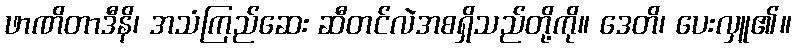
ဖာဏိတာဒီနိ၊ အသံကြည်ဆေး ဆီတင်လဲအစရှိသည်တို့ကို။ ဒေတိ၊ ပေးလှူ၏။